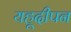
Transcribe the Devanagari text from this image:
यहूदीपन